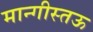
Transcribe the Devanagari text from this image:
मान्गीस्तऊ